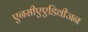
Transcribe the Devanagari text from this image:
एनसीएएडिवीजन